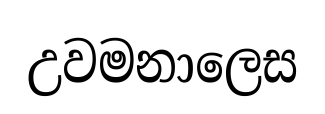
උවමනාලෙස